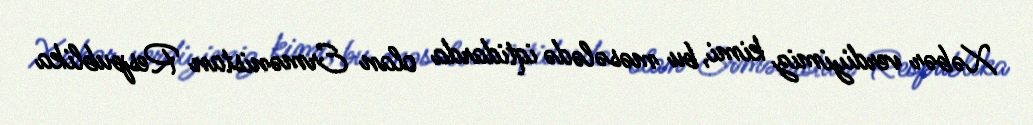
Xəbər verdiyimiz kimi, bu məsələdə iqtidarda olan Ermənistan Respublika